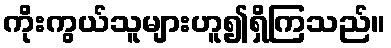
ကိုးကွယ်သူများဟူ၍ရှိကြသည်။